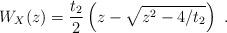
LaTeX: \begin{align*}W_X(z)=\frac{t_2}{2}\left(z-\sqrt{z^2-4/t_2}\right)\ .\end{align*}